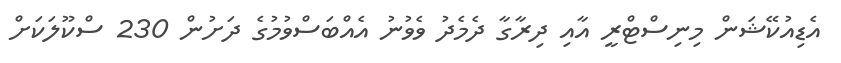
އެޑިއުކޭޝަން މިނިސްޓްރީ އާއި ދިރާގާ ދެމެދު ވެވުނު އެއްބަސްވުމުގެ ދަށުން 230 ސްކޫލަކަށް